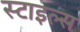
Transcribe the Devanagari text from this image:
स्‍टाइल्‍स